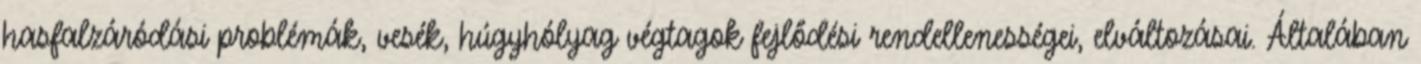
hasfalzáródási problémák, vesék, húgyhólyag végtagok fejlődési rendellenességei, elváltozásai. Általában